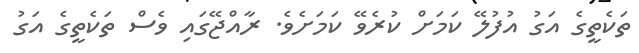
ތަކެތީގެ އަގު އުފުލޭ ކަމަށް ކުރެވޭ ކަމަށެވެ. ރާއްޖޭގައި ވެސް ތަކެތީގެ އަގު